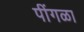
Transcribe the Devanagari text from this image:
पींगळा